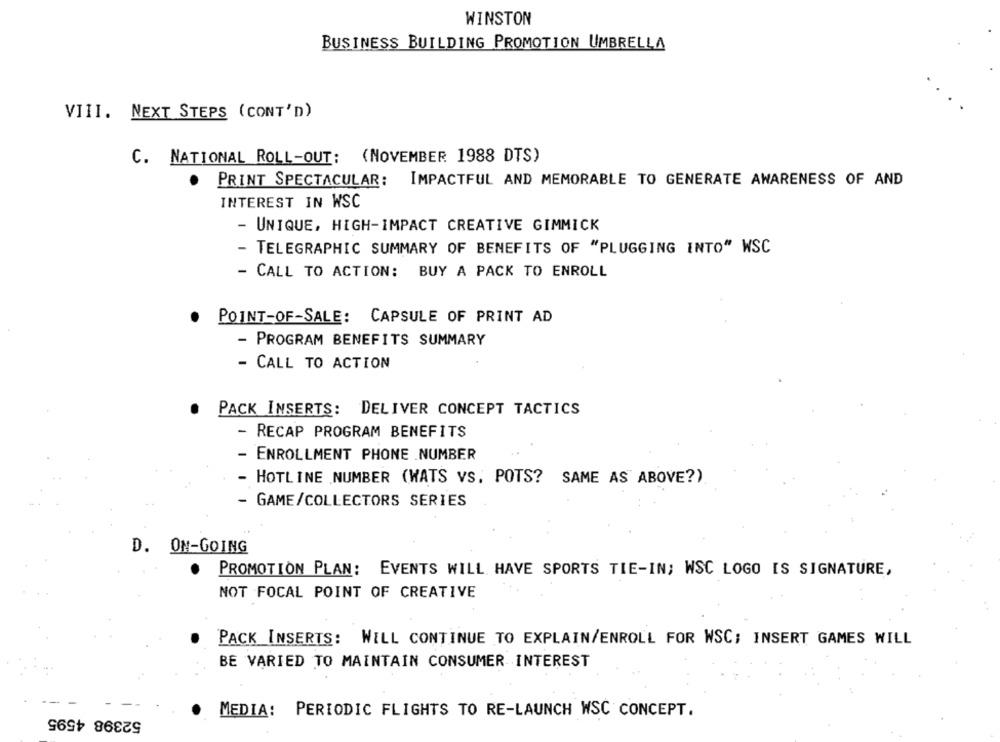
WINSTON
BUSINESS BUILDING PROMOTION UMBRELLA
VIII. NEXT STEPS (CONT'D)
C. NATIONAL ROLL-OUT: (NOVEMBER 1988 DTS)
PRINT SPECTACULAR:
IMPACTFUL AND MEMORABLE TO GENERATE AWARENESS OF AND
INTEREST IN WSC
- UNIQUE, HIGH-IMPACT CREATIVE GIMMICK
- TELEGRAPHIC SUMMARY OF BENEFITS OF "PLUGGING INTO" WSC
- CALL TO ACTION: BUY A PACK TO ENROLL
POINT-OF-SALE: CAPSULE OF PRINT AD
- PROGRAM BENEFITS SUMMARY
- CALL TO ACTION
PACK INSERTS: DELIVER CONCEPT TACTICS
- RECAP PROGRAM BENEFITS
- ENROLLMENT PHONE .NUMBER
- HOTLINE NUMBER (WATS VS. POTS? SAME AS ABOVE?)
- GAME/COLLECTORS SERIES
D. ON-GOING
PROMOTION PLAN: EVENTS WILL HAVE SPORTS TIE-IN; WSC LOGO IS SIGNATURE,
NOT FOCAL POINT OF CREATIVE
PACK INSERTS: WILL CONTINUE TO EXPLAIN/ENROLL FOR WSC; INSERT GAMES WILL
BE VARIED TO MAINTAIN CONSUMER INTEREST
52398 4595
MEDIA:
PERIODIC FLIGHTS TO RE-LAUNCH WSC CONCEPT.